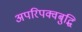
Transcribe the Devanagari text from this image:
अपरिपक्वबुद्धि